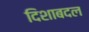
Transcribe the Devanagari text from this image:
दिशाबदल